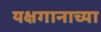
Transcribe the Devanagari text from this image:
यक्षगानाच्या